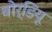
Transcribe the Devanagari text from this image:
बोर्डियू